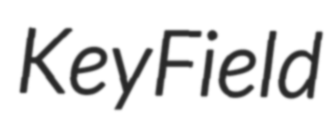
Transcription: Key Field